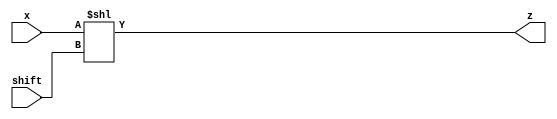
module sll_32bit(x,shift,z);
    
    input [31:0] x;
    input [31:0] shift;
    output wire [31:0] z;
    
    wire [31:0] xin;
    wire [0:31] test;
    wire [31:0] t;
    
    wire [31:0] temp;
    
    assign xin = 32'h00000000;
    
   assign test[0:31] = x[31:0];
   

   // I guess i am lazy
    assign z = x << shift;
    
    // an alternative way below. However it is not checked!
   // assign temp[0] = x[0];
   // assign temp[31:1] = xin[31:1];
   // mux_32to1 mux_map0(.sel(shift[4:0]), .src(temp), .z(z[0]));
    
   // genvar i;
   // genvar j;
   // for (i=1; i<31; i=i+1) begin
   //     for (j=0;j<=i;j=j+1) begin
   //         assign temp[j] = x[i-j];
   //   end
   //   assign temp[31:i+1] = xin[31:i+1];
   //    mux_32to1 mux_map(.sel(shift[4:0]), .src(temp), .z(z[i]));
   // end

   // mux_32to1 mux_map1(.sel(shift[4:0]), .src(x), .z(z[31]));
    

    
endmodule